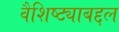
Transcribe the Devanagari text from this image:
वैशिष्ट्याबद्दल